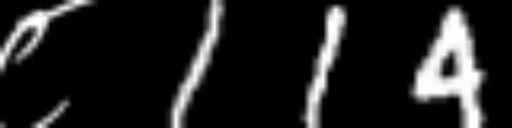
Text: ८114